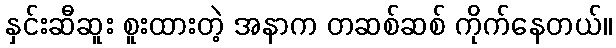
နှင်းဆီဆူး စူးထားတဲ့ အနာက တဆစ်ဆစ် ကိုက်နေတယ်။